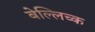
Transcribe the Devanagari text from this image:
बेल्लिच्क